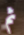
ثم